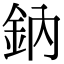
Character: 鈉